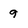
Character: 9